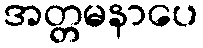
အတ္တမနာပေ